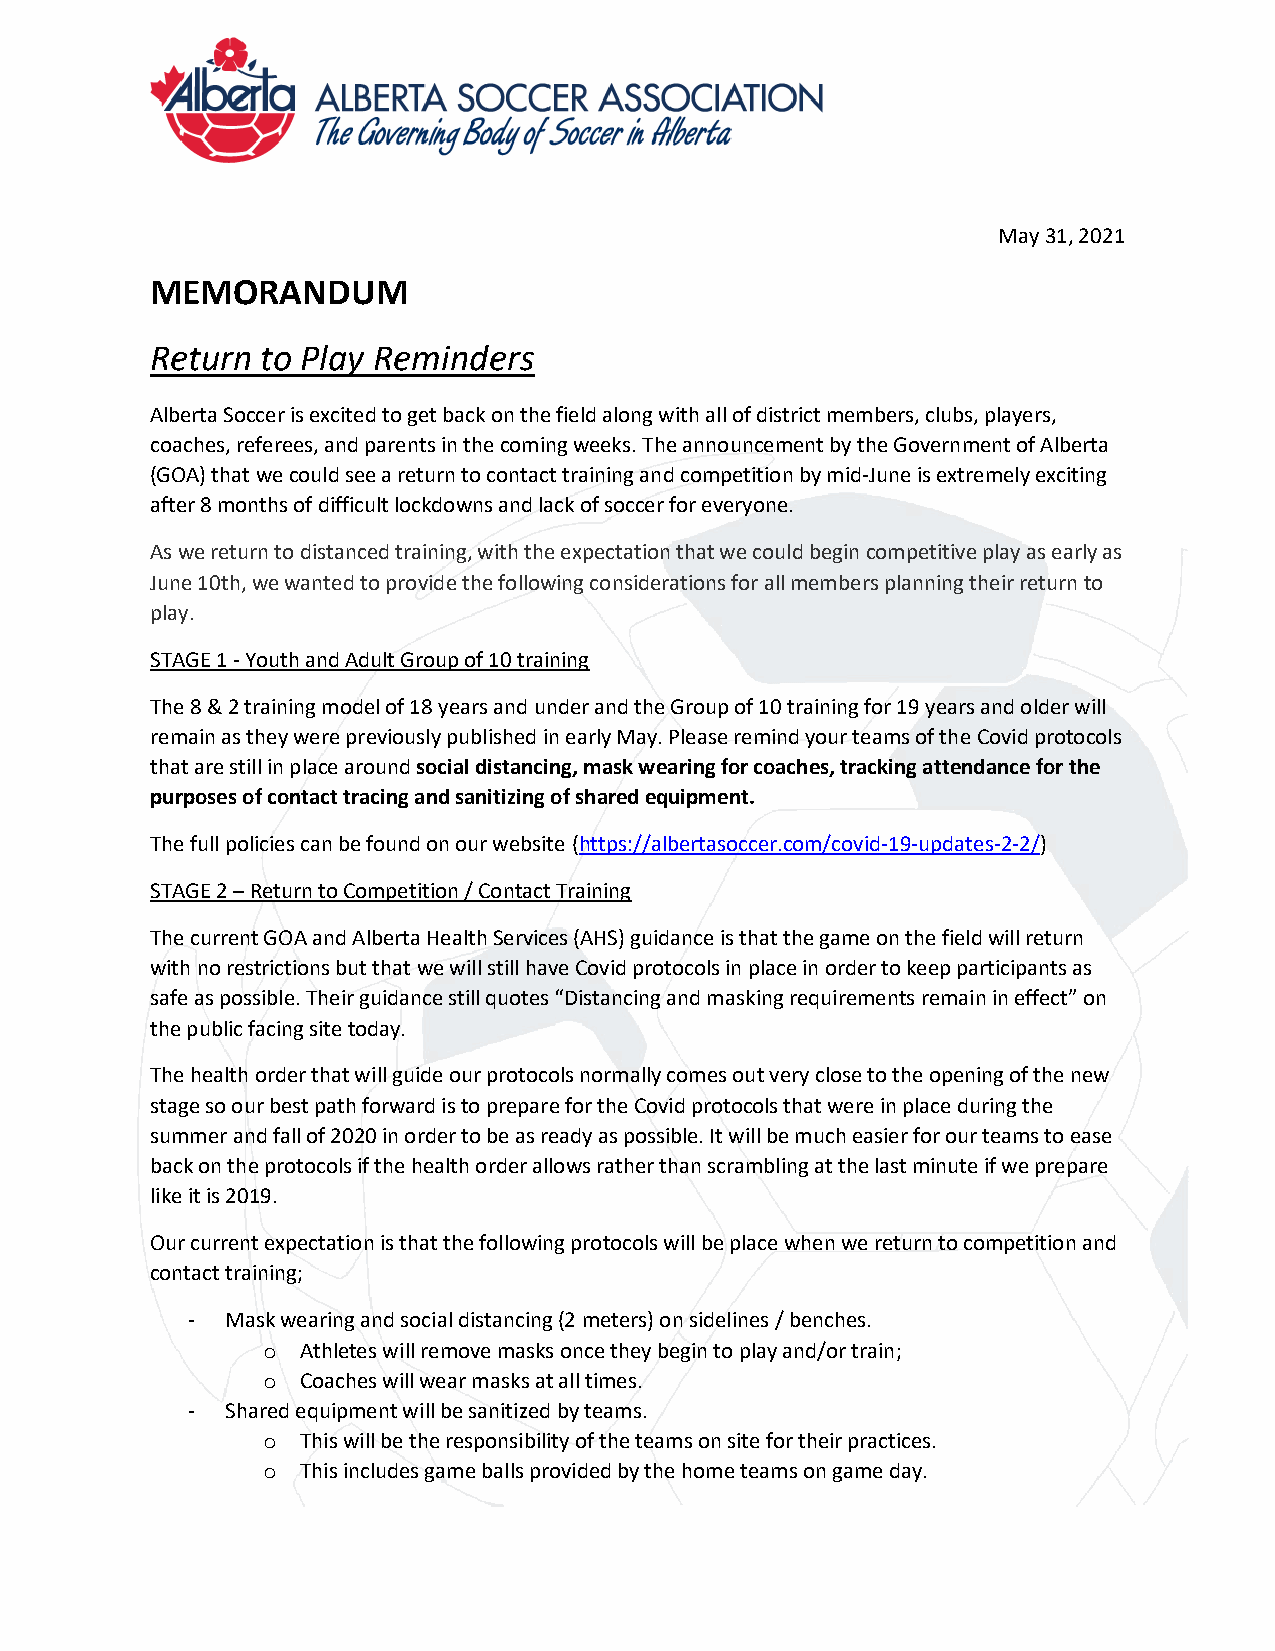
May 31, 2021
 MEMORANDUM
 Return to Play Reminders
 Alberta Soccer is excited to get back on the field along with all of district members, clubs, players,
 coaches, referees, and parents in the coming weeks. The announcement by the Government of Alberta
 (GOA) that we could see a return to contact training and competition by mid-June is extremely exciting
 after 8 months of difficult lockdowns and lack of soccer for everyone.
 As we return to distanced training, with the expectation that we could begin competitive play as early as
 June 10th, we wanted to provide the following considerations for all members planning their return to
 play.
 STAGE 1 - Youth and Adult Group of 10 training
 The 8 & 2 training model of 18 years and under and the Group of 10 training for 19 years and older will
 remain as they were previously published in early May. Please remind your teams of the Covid protocols
 that are still in place around social distancing, mask wearing for coaches, tracking attendance for the
 purposes of contact tracing and sanitizing of shared equipment.
 The full policies can be found on our website (https://albertasoccer.com/covid-19-updates-2-2/)
 STAGE 2 – Return to Competition / Contact Training
 The current GOA and Alberta Health Services (AHS) guidance is that the game on the field will return
 with no restrictions but that we will still have Covid protocols in place in order to keep participants as
 safe as possible. Their guidance still quotes “Distancing and masking requirements remain in effect” on
 the public facing site today.
 The health order that will guide our protocols normally comes out very close to the opening of the new
 stage so our best path forward is to prepare for the Covid protocols that were in place during the
 summer and fall of 2020 in order to be as ready as possible. It will be much easier for our teams to ease
 back on the protocols if the health order allows rather than scrambling at the last minute if we prepare
 like it is 2019.
 Our current expectation is that the following protocols will be place when we return to competition and
 contact training;
 -  Mask wearing and social distancing (2 meters) on sidelines / benches.
 o  Athletes will remove masks once they begin to play and/or train;
 o  Coaches will wear masks at all times.
 -  Shared equipment will be sanitized by teams.
 o  This will be the responsibility of the teams on site for their practices.
 o  This includes game balls provided by the home teams on game day.